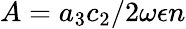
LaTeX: A={a_{3}c_{2}}/{2\omega{\epsilon}n}